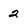
Character: 2